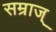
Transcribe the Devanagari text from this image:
सम्राज्